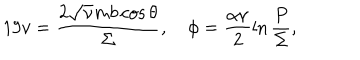
1 9 v = \frac { 2 \sqrt { \nu } m b \cos \theta } { \Sigma } , \quad \phi = \frac { \alpha \nu } { 2 } \ln \frac { P } { \Sigma } ,